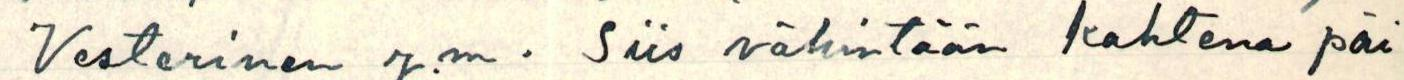
Vesterinen y.m. Siis vähintään kahtena päi